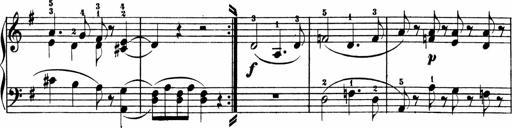
Title: 3 Sonatinen
Composer: Heinrich Lichner